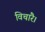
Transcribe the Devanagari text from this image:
विचारै।